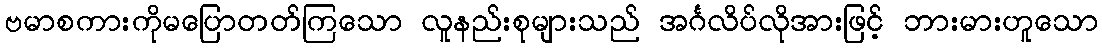
ဗမာစကားကိုမပြောတတ်ကြသော လူနည်းစုများသည် အင်္ဂလိပ်လိုအားဖြင့် ဘားမားဟူသော